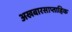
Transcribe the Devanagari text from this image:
अखबारसाप्ताहिक